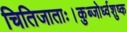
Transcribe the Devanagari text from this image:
चितिजाताः।कुब्जोर्ध्वशुष्क